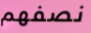
نصفهم